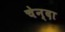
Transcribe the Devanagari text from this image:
चेन्दा